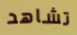
تشاهد